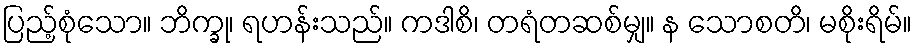
ပြည့်စုံသော။ ဘိက္ခု၊ ရဟန်းသည်။ ကဒါစိ၊ တရံတဆစ်မျှ။ န သောစတိ၊ မစိုးရိမ်။